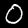
Label: 0